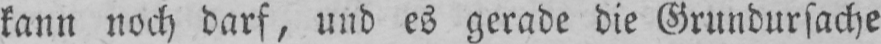
kann noch darf, und es gerade die Grundursache